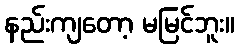
နည်းကျတော့ မမြင်ဘူး။